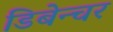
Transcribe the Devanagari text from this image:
डिबेन्‍चर